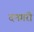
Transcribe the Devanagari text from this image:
दनगरी